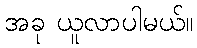
အခု ယူလာပါမယ်။